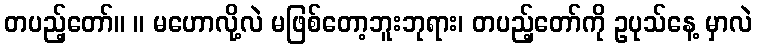
တပည့်တော်။ ။ မဟောလို့လဲ မဖြစ်တော့ဘူးဘုရား၊ တပည့်တော်ကို ဥပုသ်နေ့ မှာလဲ